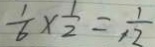
\frac { 1 } { 6 } \times \frac { 1 } { 2 } = \frac { 1 } { 1 2 }